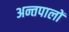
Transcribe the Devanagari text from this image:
अन्तपालों